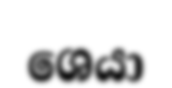
ශෙයා